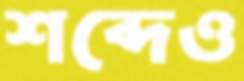
শব্দেও